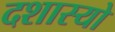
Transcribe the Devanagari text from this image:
दशास्यो